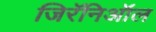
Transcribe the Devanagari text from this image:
जिरॅनिऑल